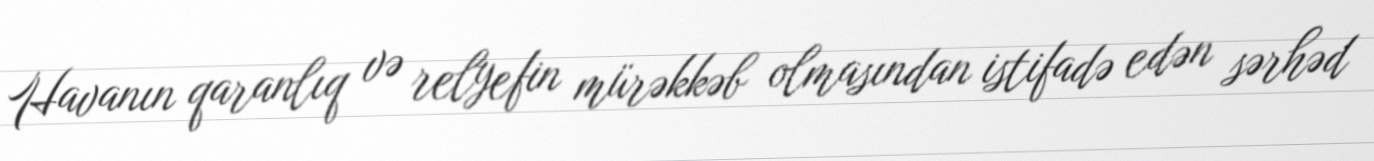
Havanın qaranlıq və relyefin mürəkkəb olmasından istifadə edən sərhəd